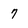
Character: 7